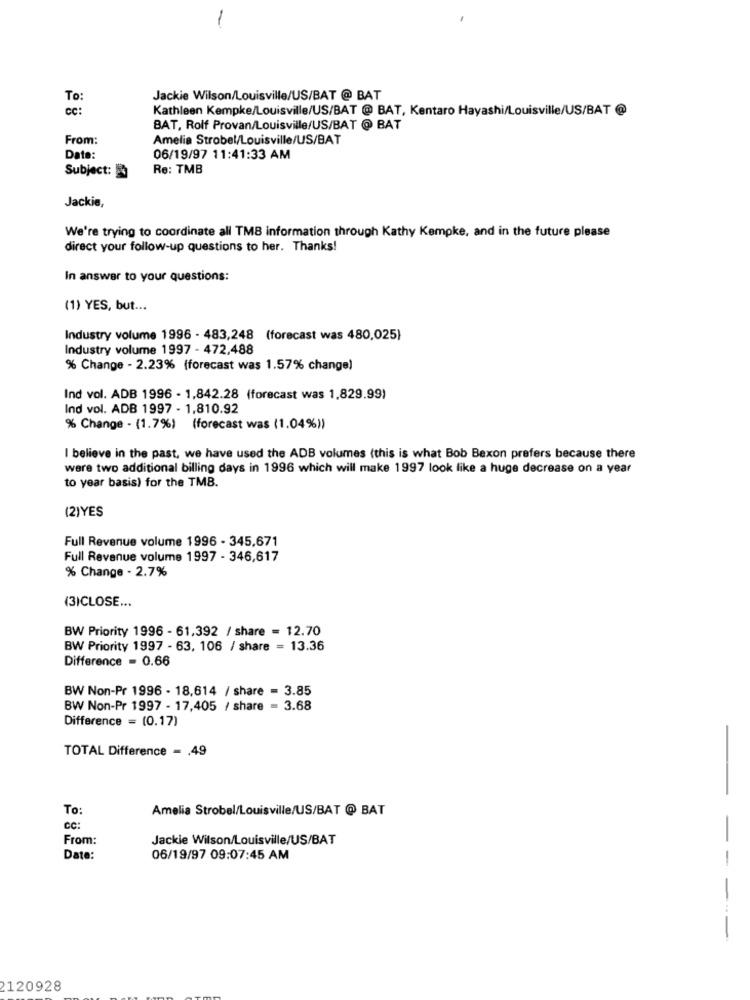
-
To:
Jackie Wilson/Louisville/US/BAT @ BAT
cc:
Kathleen Kempke/Louisville/US/BAT @ BAT, Kentaro Hayashi/Louisville/US/BAT @
BAT, Rolf Provan/Louisville/US/BAT @ BAT
From:
Amelia Strobel/Louisville/US/BAT
Date:
06/19/97 11:41:33 AM
Subject:
Re: TMB
Jackie,
We're trying to coordinate all TMB information through Kathy Kempke, and in the future please
direct your follow-up questions to her. Thanks!
In answer to your questions:
(1) YES, but ...
Industry volume 1996 - 483,248 (forecast was 480,025)
Industry volume 1997 - 472,488
% Change - 2.23% (forecast was 1.57% change)
Ind vol. ADB 1996 - 1,842.28 (forecast was 1,829.99)
Ind vol. ADB 1997 - 1,810.92
% Change - (1.7%) (forecast was (1.04%))
I believe in the past, we have used the ADB volumes (this is what Bob Bexon prefers because there
were two additional billing days in 1996 which will make 1997 look like a huge decrease on a year
to year basis) for the TMB.
(2)YES
Full Revenue volume 1996 - 345,671
Full Revenue volume 1997 - 346,617
% Change - 2.7%
(3)CLOSE ...
BW Priority 1996 - 61,392 / share = 12.70
BW Priority 1997 - 63, 106 / share = 13.36
Difference = 0.66
BW Non-Pr 1996 - 18,614 / share = 3.85
BW Non-Pr 1997 - 17,405 / share = 3.68
Difference = (0.17)
TOTAL Difference - , 49
-
-
To:
Amelia Strobel/Louisville/US/BAT @ BAT
CC:
From:
Jackie Wilson/Louisville/US/BAT
-
Date:
06/19/97 09:07:45 AM
-
-
2120928